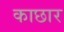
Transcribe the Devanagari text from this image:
काछार